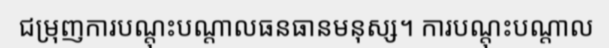
ជម្រុញការបណ្តុះបណ្តាលធនធានមនុស្ស។ ការបណ្តុះបណ្តាល